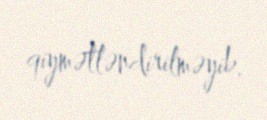
qiymətləndirilməyib.